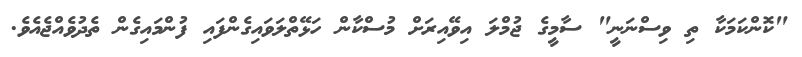
"ކޮންކަމަކާ ތި ވިސްނަނީ" ސާމީގެ ޖުމްލަ އިވޭއިރަށް މުސްކާން ހަޅޭތްލަވައިގެންފައި ފުންމައިގެން ތެދުވެއްޖެއެވެ.